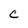
Character: C